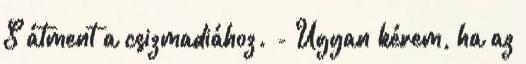
S átment a csizmadiához. - Ugyan kérem, ha az